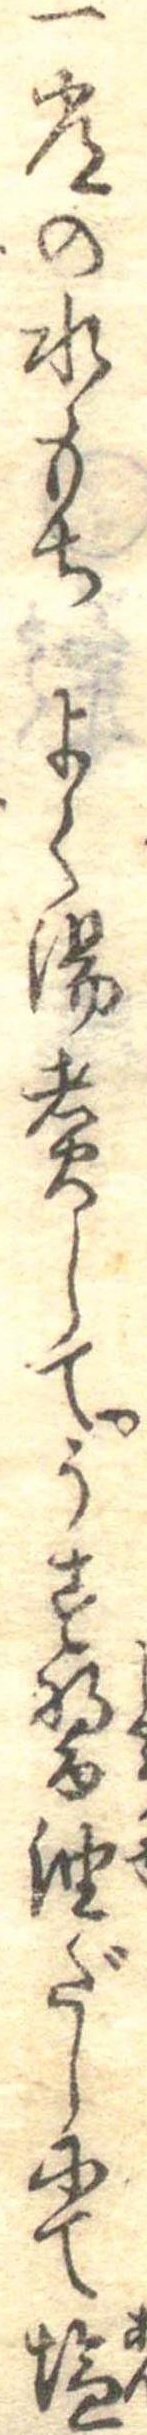
一常の水もちよく湯煮してうす醤油だしにて塩